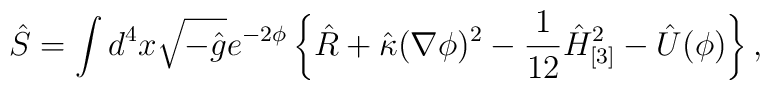
\hat S = \int d^4 x \sqrt{-\hat g} e^{-2\phi} \left\{ \hat R   + \hat \kappa ( \nabla \phi )^2 - \frac1{12} \hat H_{[3]}^2   - \hat U(\phi) \right\},